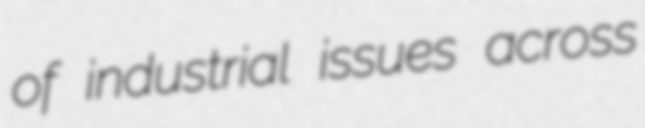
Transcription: of industrial issues across